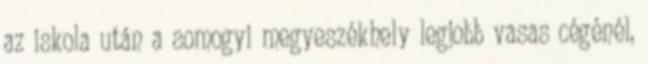
az iskola után a somogyi megyeszékhely legjobb vasas cégénél,